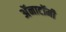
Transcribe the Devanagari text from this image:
अॅनाटॉमी